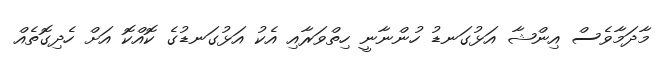
މާދަމާވެސް އިންޝާ އަޅުގަނޑު ހުންނާނީ ހިތްވަރާއި އެކު އަޅުގަނޑުގެ ކޮއްކޮ އަށް ހެދިގޮތެއް